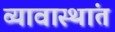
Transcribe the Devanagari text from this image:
व्यावास्थांत